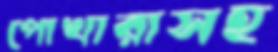
পোখারাসহ